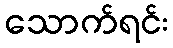
သောက်ရင်း